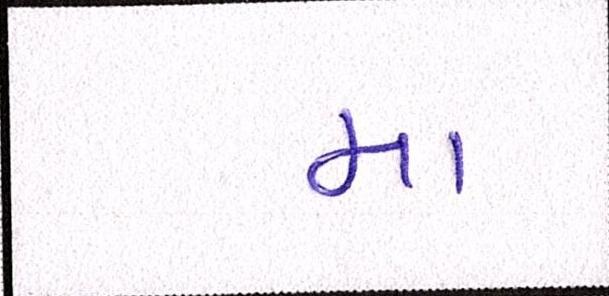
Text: મા